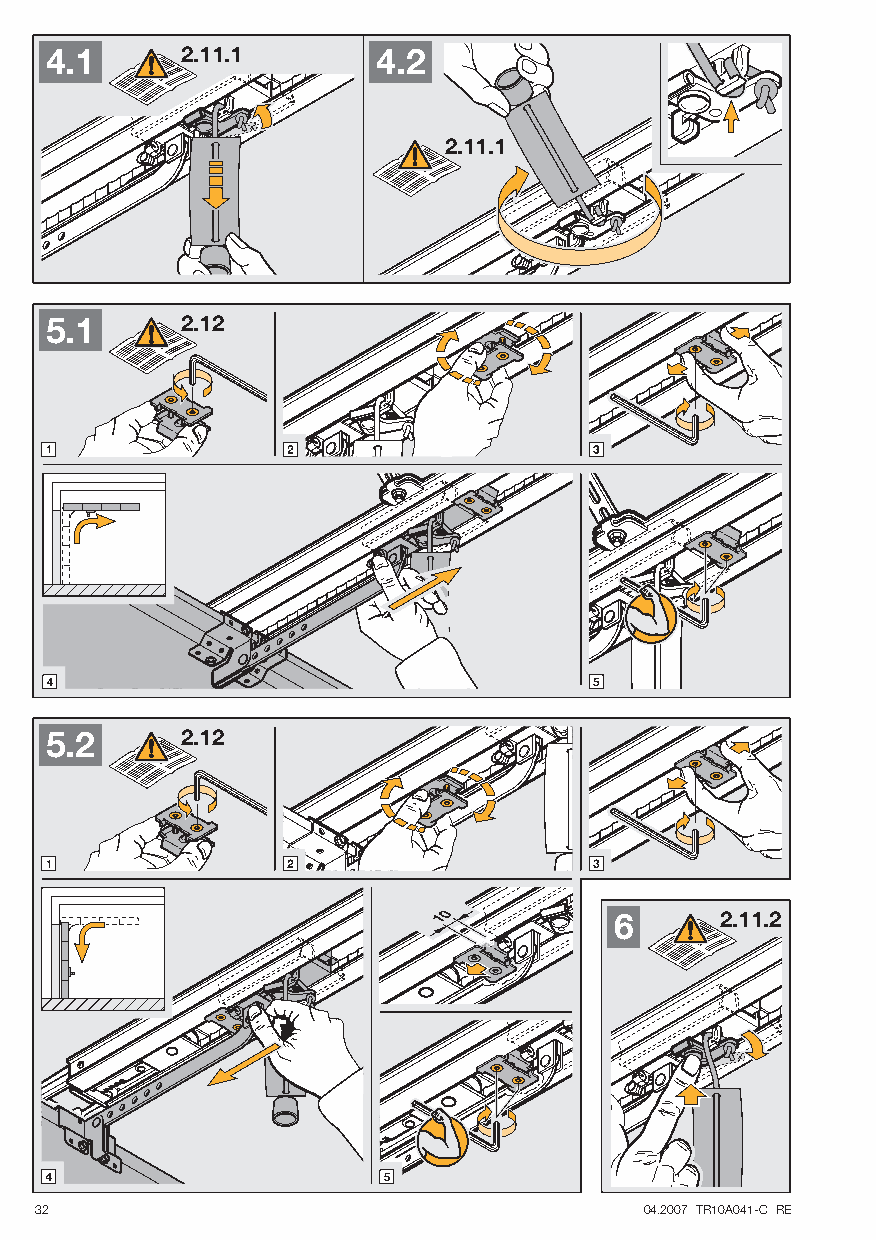
44..11   2.11.1       44..22
 2.11.1
 5.1      2.12
 5.2      2.12
 10          6      2.11.2
 32                                       04.2007 TR10A041-C RE